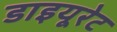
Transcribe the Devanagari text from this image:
डाइयूरेट